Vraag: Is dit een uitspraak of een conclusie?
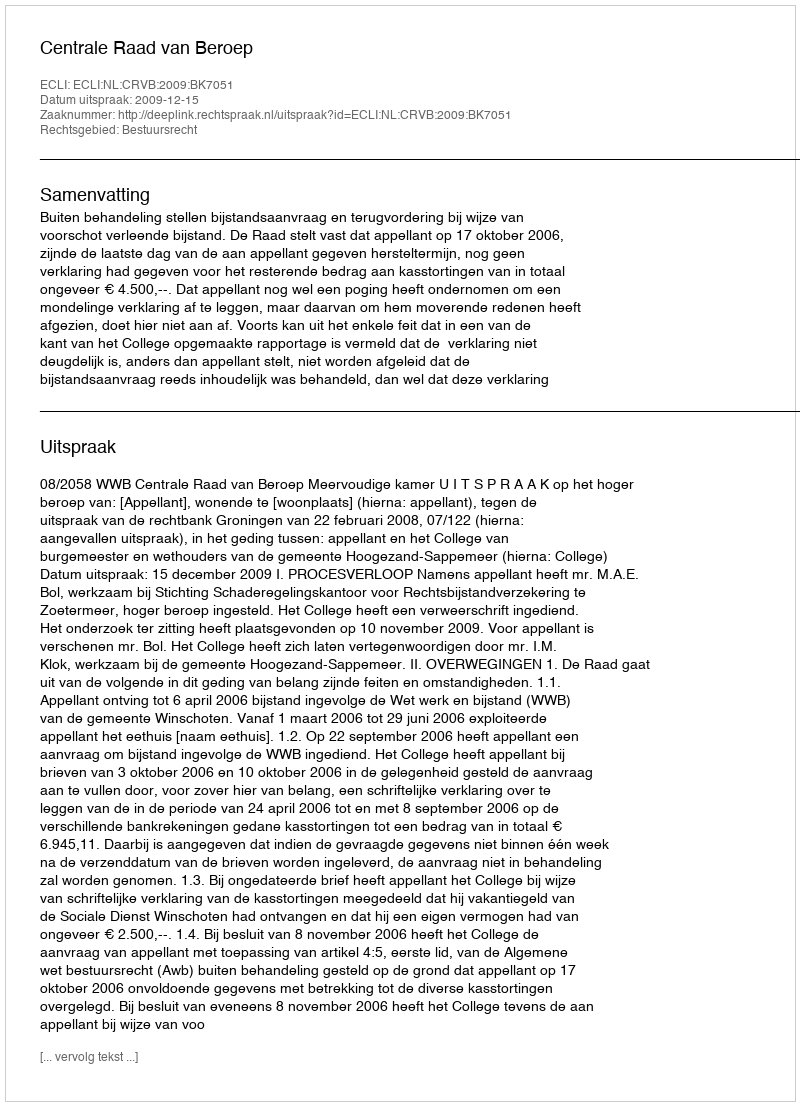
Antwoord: Uitspraak